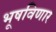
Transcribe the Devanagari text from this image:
भूषविणार